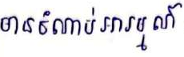
មានចំណាប់អារម្មណ៍